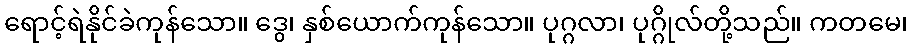
ရောင့်ရဲနိုင်ခဲကုန်သော။ ဒွေ၊ နှစ်ယောက်ကုန်သော။ ပုဂ္ဂလာ၊ ပုဂ္ဂိုလ်တို့သည်။ ကတမေ၊